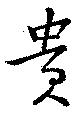
貴